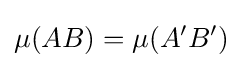
\mu (AB)=\mu (A'B')